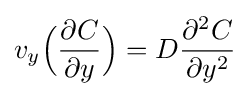
v_{y}{\Big (}{\frac {\partial C}{\partial y}}{\Big )}=D{\frac {\partial ^{2}C}{\partial y^{2}}}